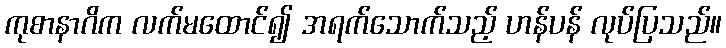
ကုစာနာဂိက လက်မထောင်၍ အရက်သောက်သည့် ဟန်ပန် လုပ်ပြသည်။